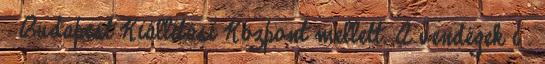
Budapest Kiállítási Központ mellett. A vendégek i .